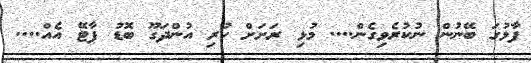
ފާޅުގަ ބޭނުން ނުކުރެވިގެން.... މުޅި ރަށަށް ހުރި އުންދަގޫ ބޮޑު ޕާޓޭ އެއް....